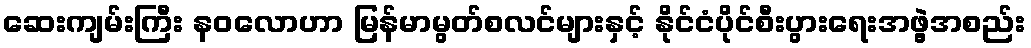
ဆေးကျမ်းကြီး နဝလောဟာ မြန်မာမွတ်စလင်များနှင့် နိုင်ငံပိုင်စီးပွားရေးအဖွဲ့အစည်း